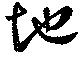
地